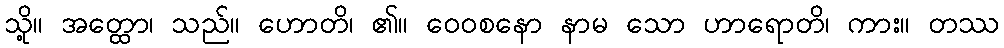
သို့။ အတ္ထော၊ သည်။ ဟောတိ၊ ၏။ ဝေဝစနော နာမ သော ဟာရောတိ၊ ကား။ တဿ